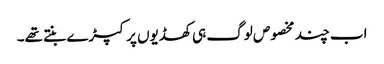
اب چند مخصوص لوگ ہی کھڈیوں پر کپڑے بنتے تھے۔